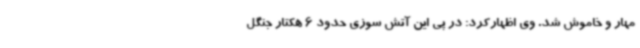
مهار و خاموش شد. وی اظهارکرد: در پی این آتش سوزی حدود 6 هکتار جنگل